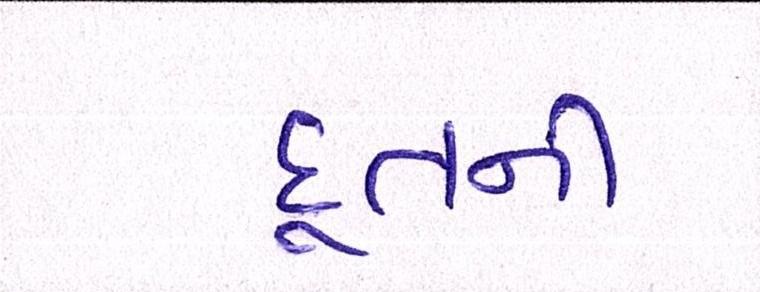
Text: દૂતની